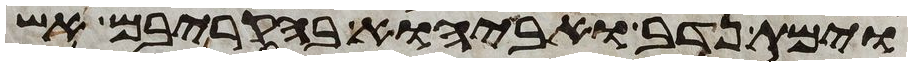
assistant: וימת נדב ואביהוא בהקריבם אש